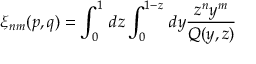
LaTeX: \xi _ { n m } ( p , q ) = \int _ { 0 } ^ { 1 } \, d z \int _ { 0 } ^ { 1 - z } \, d y { \frac { z ^ { n } y ^ { m } } { Q ( y , z ) } }